Investigations into the jail dietaries of the United Provinces with some observations on the influence of dietary on the physical development and well-being of the people of the United Provinces - Number 48
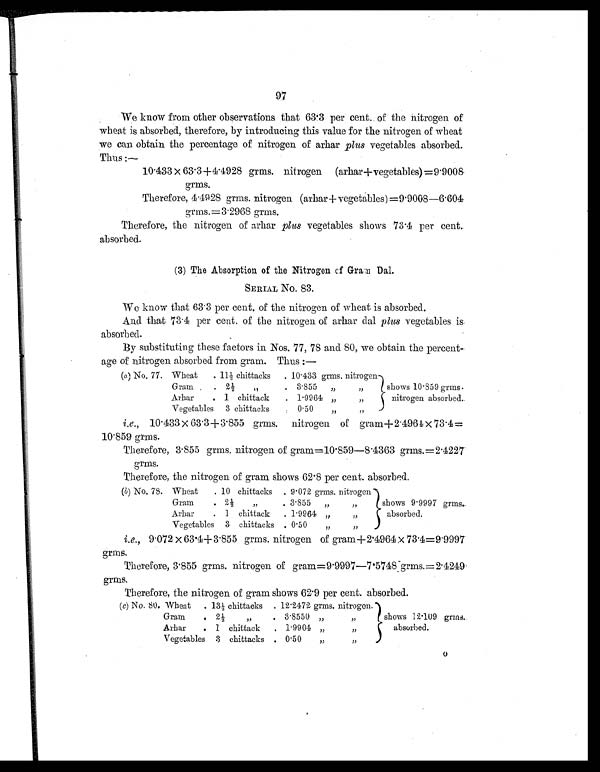
97
We know from other observations that 63.3 per cent. of the nitrogen of
wheat is absorbed, therefore, by introducing this value for the nitrogen of wheat
we can obtain the percentage of nitrogen of arhar plus vegetables absorbed.
Thus:—
10 . 433 × 63 . 3+4.4928 grms. nitrogen (arhar +vegetables) =9.9008
grms.
Therefore, 4 .4928 grms. nitrogen (arhar+vegetables)=9.9008—6.604
grms.=3.2968 grms.
Therefore, the nitrogen of arhar plus vegetables shows 73 .4 per cent.
absorbed.
(3) The Absorption of the Nitrogen of Gram Dal.
SERIAL NO. 83.
We know that 63 . 3 per cent. of the nitrogen of wheat is absorbed.
And that 73 . 4 per cent. of the nitrogen of arhar dal plus vegetables is
absorbed.
By substituting these factors in Nos. 77,78 and 80, we obtain the percent-
age of nitrogen absorbed from gram. Thus:—
(a) No. 77. Wheat
. 11½ chittacks
. 10.433 grms. nitrogen
shows 10.859 grms.
nitrogen absorbed.
Gram
. 2½ „
. 3.855
„
„
Arhar
. 1 chittack
. 1.9964 „
„
Vegetables 3 chittacks
. 0.5
„
„
i.e., 10.433 × 63.3+3.855 grms. nitrogen of gram +2.4964 × 73.4=
10.859 grms.
Therefore, 3.855 grms. nitrogen of gram=10.859—8.4363 grms.=2.4227
grms.
Therefore, the nitrogen of gram shows 62.8 per cent. absorbed.
(b) No. 78. Wheat
. 10 chittacks . 9.072 grms. nitrogen
shows 9.9997 grms.
absorbed.
Gram
.
2½ „
. 3.855
„
„
Arhar
. 1 chittack
. 1.9964 „
„
Vegetables 3 chittacks . 0.5
„
„
i.e., 9.072 × 63.4+3.855 grms. nitrogen of gram+2.4964×73.4=9.9997
grms.
Therefore, 3.855 grms. nitrogen of gram=9.9997—7.5748 grms.=2.4249
grms.
Therefore, the nitrogen of gram shows 62.9 per cent. absorbed.
( c) No. 80. Wheat
. 13½ chittacks . 12.2472 grms. nitrogen.
shows 12.109 grms.
absorbed.
Gram
. 2½ „
. 3.8550 „
„
Arhar
. 1 chittack
. 1.9904 „
„
Vegetables 3 chittacks . 0.50
„
„
O